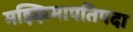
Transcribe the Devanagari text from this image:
मझ्झिमापतिपदा